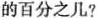
的百分之几?